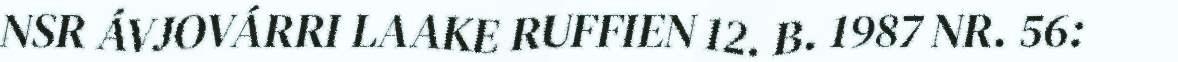
NSR ÁVJOVÁRRI LAAKE RUFFIEN 12. B. 1987 NR. 56: